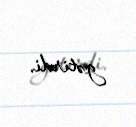
gətirdi.